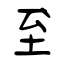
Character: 臷